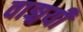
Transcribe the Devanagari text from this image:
वाङ्मयी